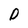
Character: D